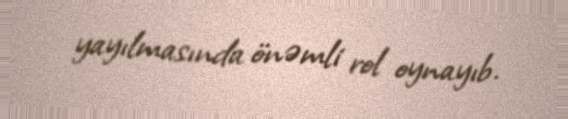
yayılmasında önəmli rol oynayıb.